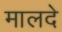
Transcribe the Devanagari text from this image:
मालदे